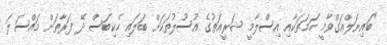
"ބައިނަލްއަގްވާމީ ހަމަތަކާއި އިސްލާމީ ޝަރީއަތުގެ އުސޫލުތަކަށް ބަލައި ހެކިބަސް ދޭ ފަރާތަށް މައްސަލަ